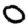
Digit: 0